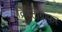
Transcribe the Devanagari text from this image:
क्रिप्टोग्राफर